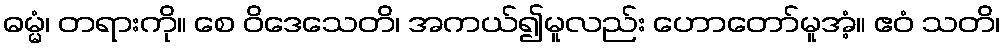
ဓမ္မံ၊ တရားကို။ စေ ဝိဒေသေတိ၊ အကယ်၍မူလည်း ဟောတော်မူအံ့။ ဧဝံ သတိ၊